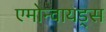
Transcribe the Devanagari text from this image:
एमोन्वायड्स